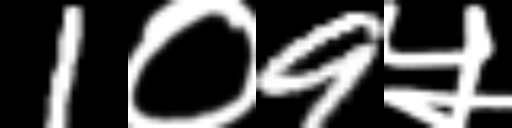
Text: 1०9५